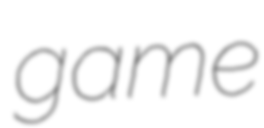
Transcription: game